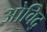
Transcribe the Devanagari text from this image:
ओविद्